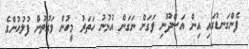
ފެންގަނޑުގައި އިން އަސްދޫނި ވަގަށް ނަގަން އުޅުނު ހަތަރު މީހުން ވަގުތުން ފުލުހުންގެ